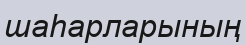
шаһарларының